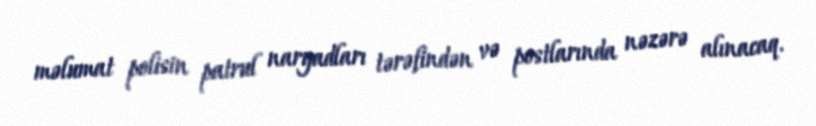
məlumat polisin patrul naryadları tərəfindən və postlarında nəzərə alınacaq.